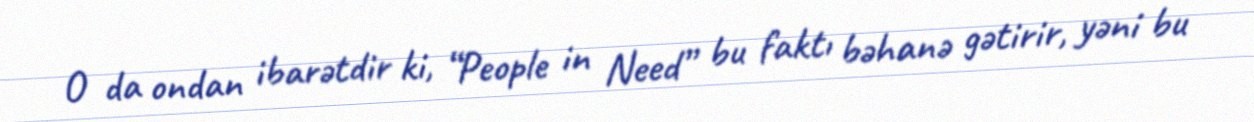
O da ondan ibarətdir ki, “People in Need” bu faktı bəhanə gətirir, yəni bu